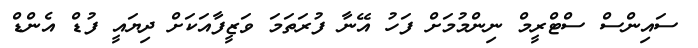
ސައިންސް ސްޓްރީމް ނިންމުމަށް ފަހު އޭނާ ފުރަތަމަ ވަޒީފާއަކަށް ދިޔައީ ފުޑް އެންޑް